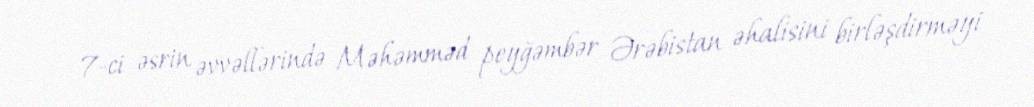
7-ci əsrin əvvəllərində Məhəmməd peyğəmbər Ərəbistan əhalisini birləşdirməyi